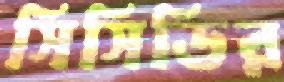
সিসিডির